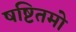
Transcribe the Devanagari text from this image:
षष्टितमो